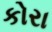
કોરા